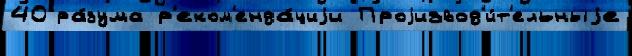
40 ра́зума р'еком'енда́циjи Проjизвод'и́т'ельныjе